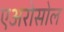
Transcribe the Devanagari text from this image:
एअरोसोल